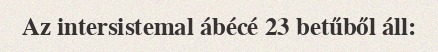
Az intersistemal ábécé 23 betűből áll: